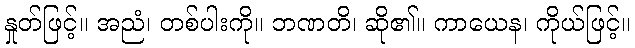
နှုတ်ဖြင့်။ အညံ၊ တစ်ပါးကို။ ဘဏတိ၊ ဆို၏။ ကာယေန၊ ကိုယ်ဖြင့်။